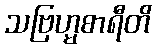
သဗြဟ္မစာရီတိ